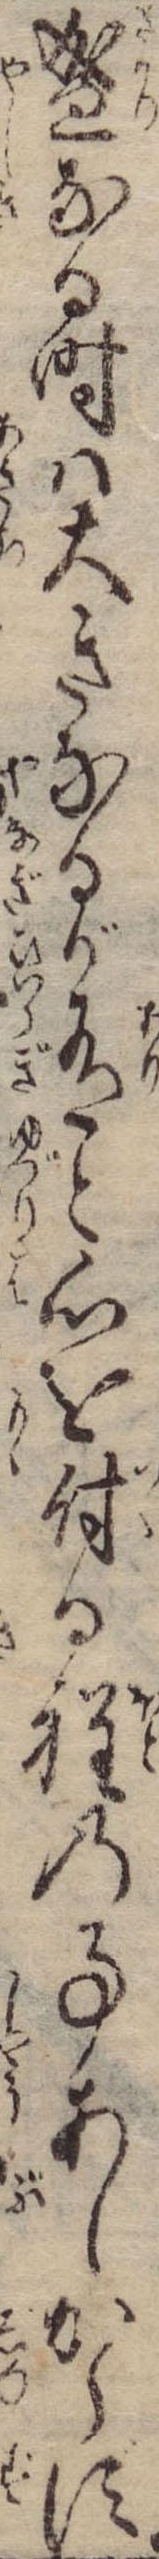
盛なる時は大きなるが有と心を付る程の事あしからず